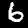
Digit: 6